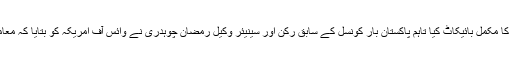
وکلاء کی قومی رابطہ کونسل کا کہنا ہے کہ اُن کی اپیل پر ملک بھر میں وکلاء نے عدالتوں کا مکمل بائیکاٹ کیا تاہم پاکستان بار کونسل کے سابق رکن اور سینیئر وکیل رمضان چوہدری نے وائس آف امریکہ کو بتایا کہ معاملہ عدالت کے سامنے ہے اس لیے اُن کے بقول اس طرح کی ہڑتال کی ضرورت نہیں تھی ۔